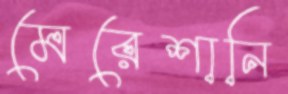
মেরেশানি